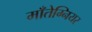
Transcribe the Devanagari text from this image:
माँतेग्नियर